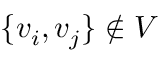
\{ v _ { i } , v _ { j } \} \not \in V